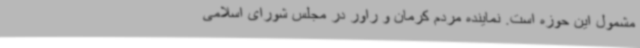
مشمول این حوزه است. نماینده مردم کرمان و راور در مجلس شورای اسلامی